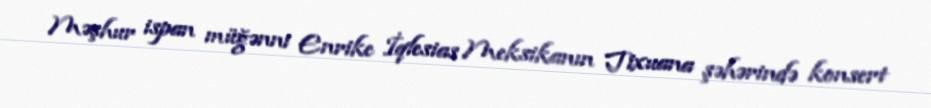
Məşhur ispan müğənni Enrike İqlesias Meksikanın Tixuana şəhərində konsert